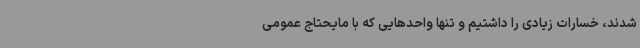
شدند، خسارات زیادی را داشتیم و تنها واحدهایی که با ‌مایحتاج عمومی